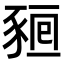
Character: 𧱖